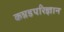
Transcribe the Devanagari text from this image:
कन्नडपरिज्ञान